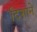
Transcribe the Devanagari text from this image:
दिशाने